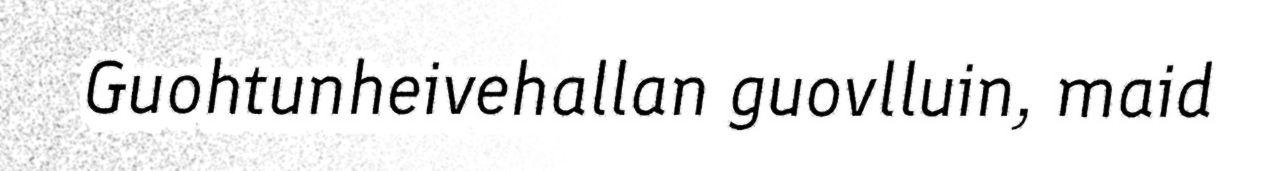
Guohtunheivehallan guovlluin, maid